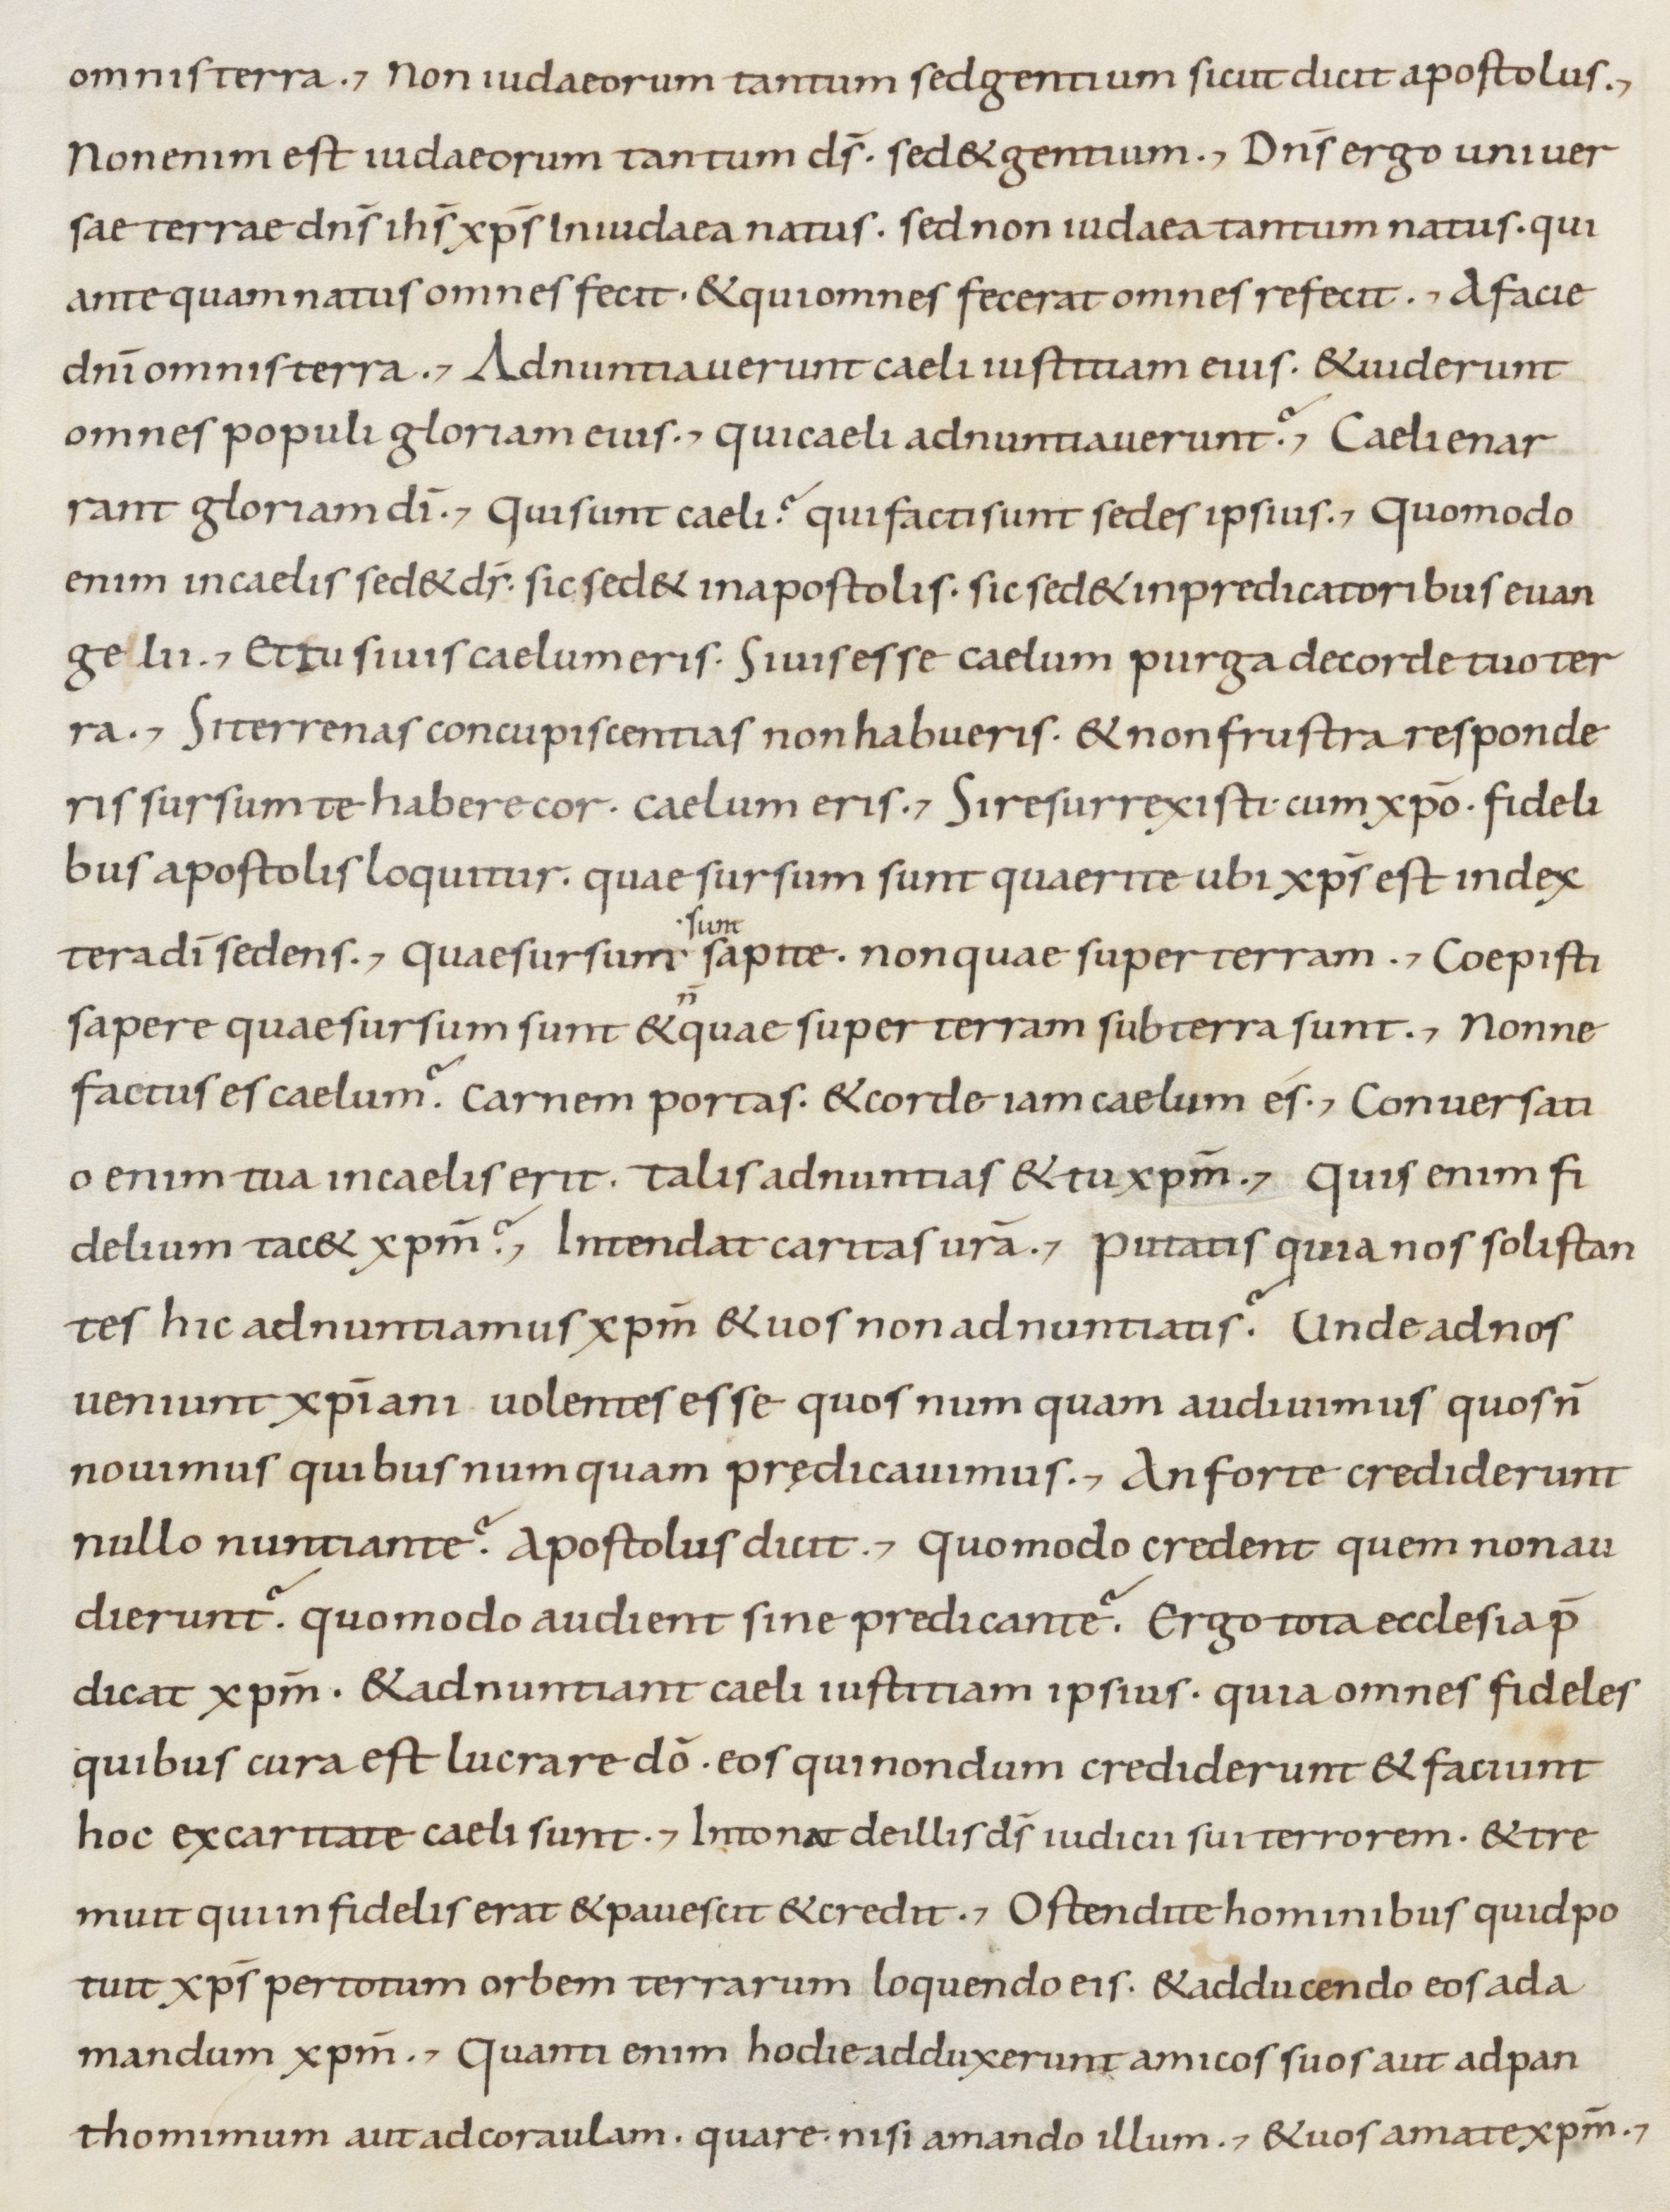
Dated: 800–899